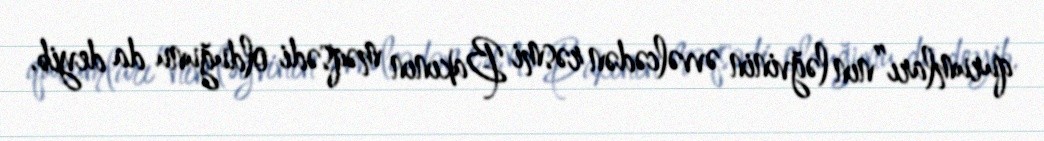
qurumları”nın ləğvinin əvvəlcədən rəsmi Bakının məqsədi olduğunu da deyib.